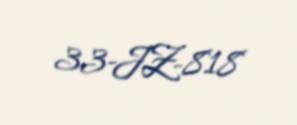
33-JZ-818